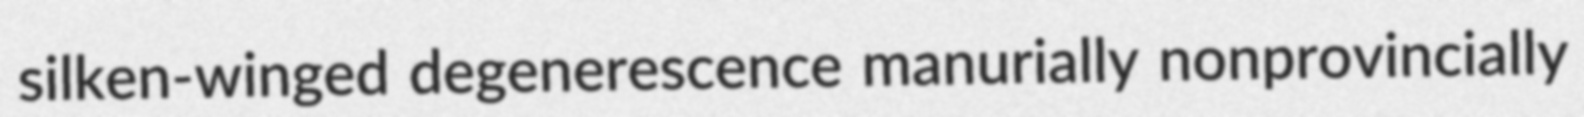
silken-winged degenerescence manurially nonprovincially